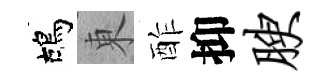
鴣東酢抑腴